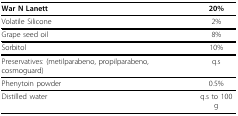
<table><thead><tr><td><b>War N Lanett</b></td><td><b>20%</b></td></tr></thead><tbody><tr><td>Volatile Silicone</td><td>2%</td></tr><tr><td>Grape seed oil</td><td>8%</td></tr><tr><td>Sorbitol</td><td>10%</td></tr><tr><td>Preservatives: (metilparabeno, propilparabeno, cosmoguard)</td><td>q.s</td></tr><tr><td>Phenytoin powder</td><td>0.5%</td></tr><tr><td>Distilled water</td><td>q.s to 100 g</td></tr></tbody></table>